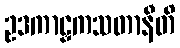
ဥဒကာဠှကသတာနီတိ